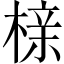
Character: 榇